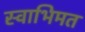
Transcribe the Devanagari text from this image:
स्वाभिमत